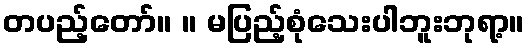
တပည့်တော်။ ။ မပြည့်စုံသေးပါဘူးဘုရာ့။